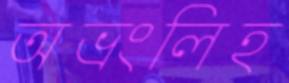
অভ্রংলিহ